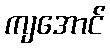
ကျအောင်